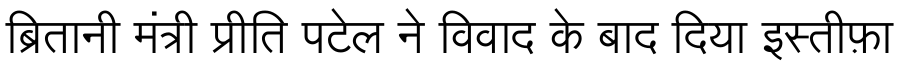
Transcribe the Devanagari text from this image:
ब्रितानी मंत्री प्रीति पटेल ने विवाद के बाद दिया इस्तीफ़ा